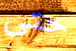
حتى